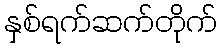
နှစ်ရက်ဆက်တိုက်